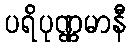
ပရိပုဏ္ဏမာနီ